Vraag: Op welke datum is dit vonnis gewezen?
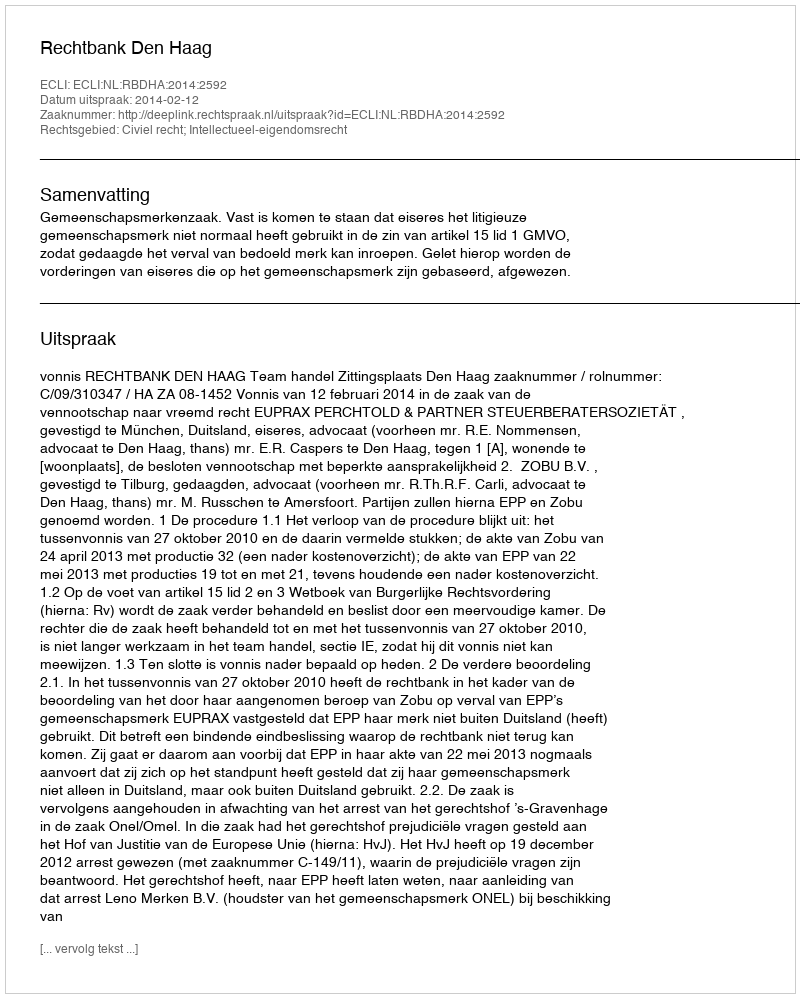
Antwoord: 2014-02-12